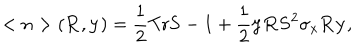
< n > ( { \bf R } , { \bf y } ) = \frac 1 2 \mathrm { T } \mathrm { r } { \bf S } - 1 + \frac 1 2 { \bf y } { \bf R } { \bf S } ^ { 2 } \sigma _ { x } { \bf R } { \bf y } ,